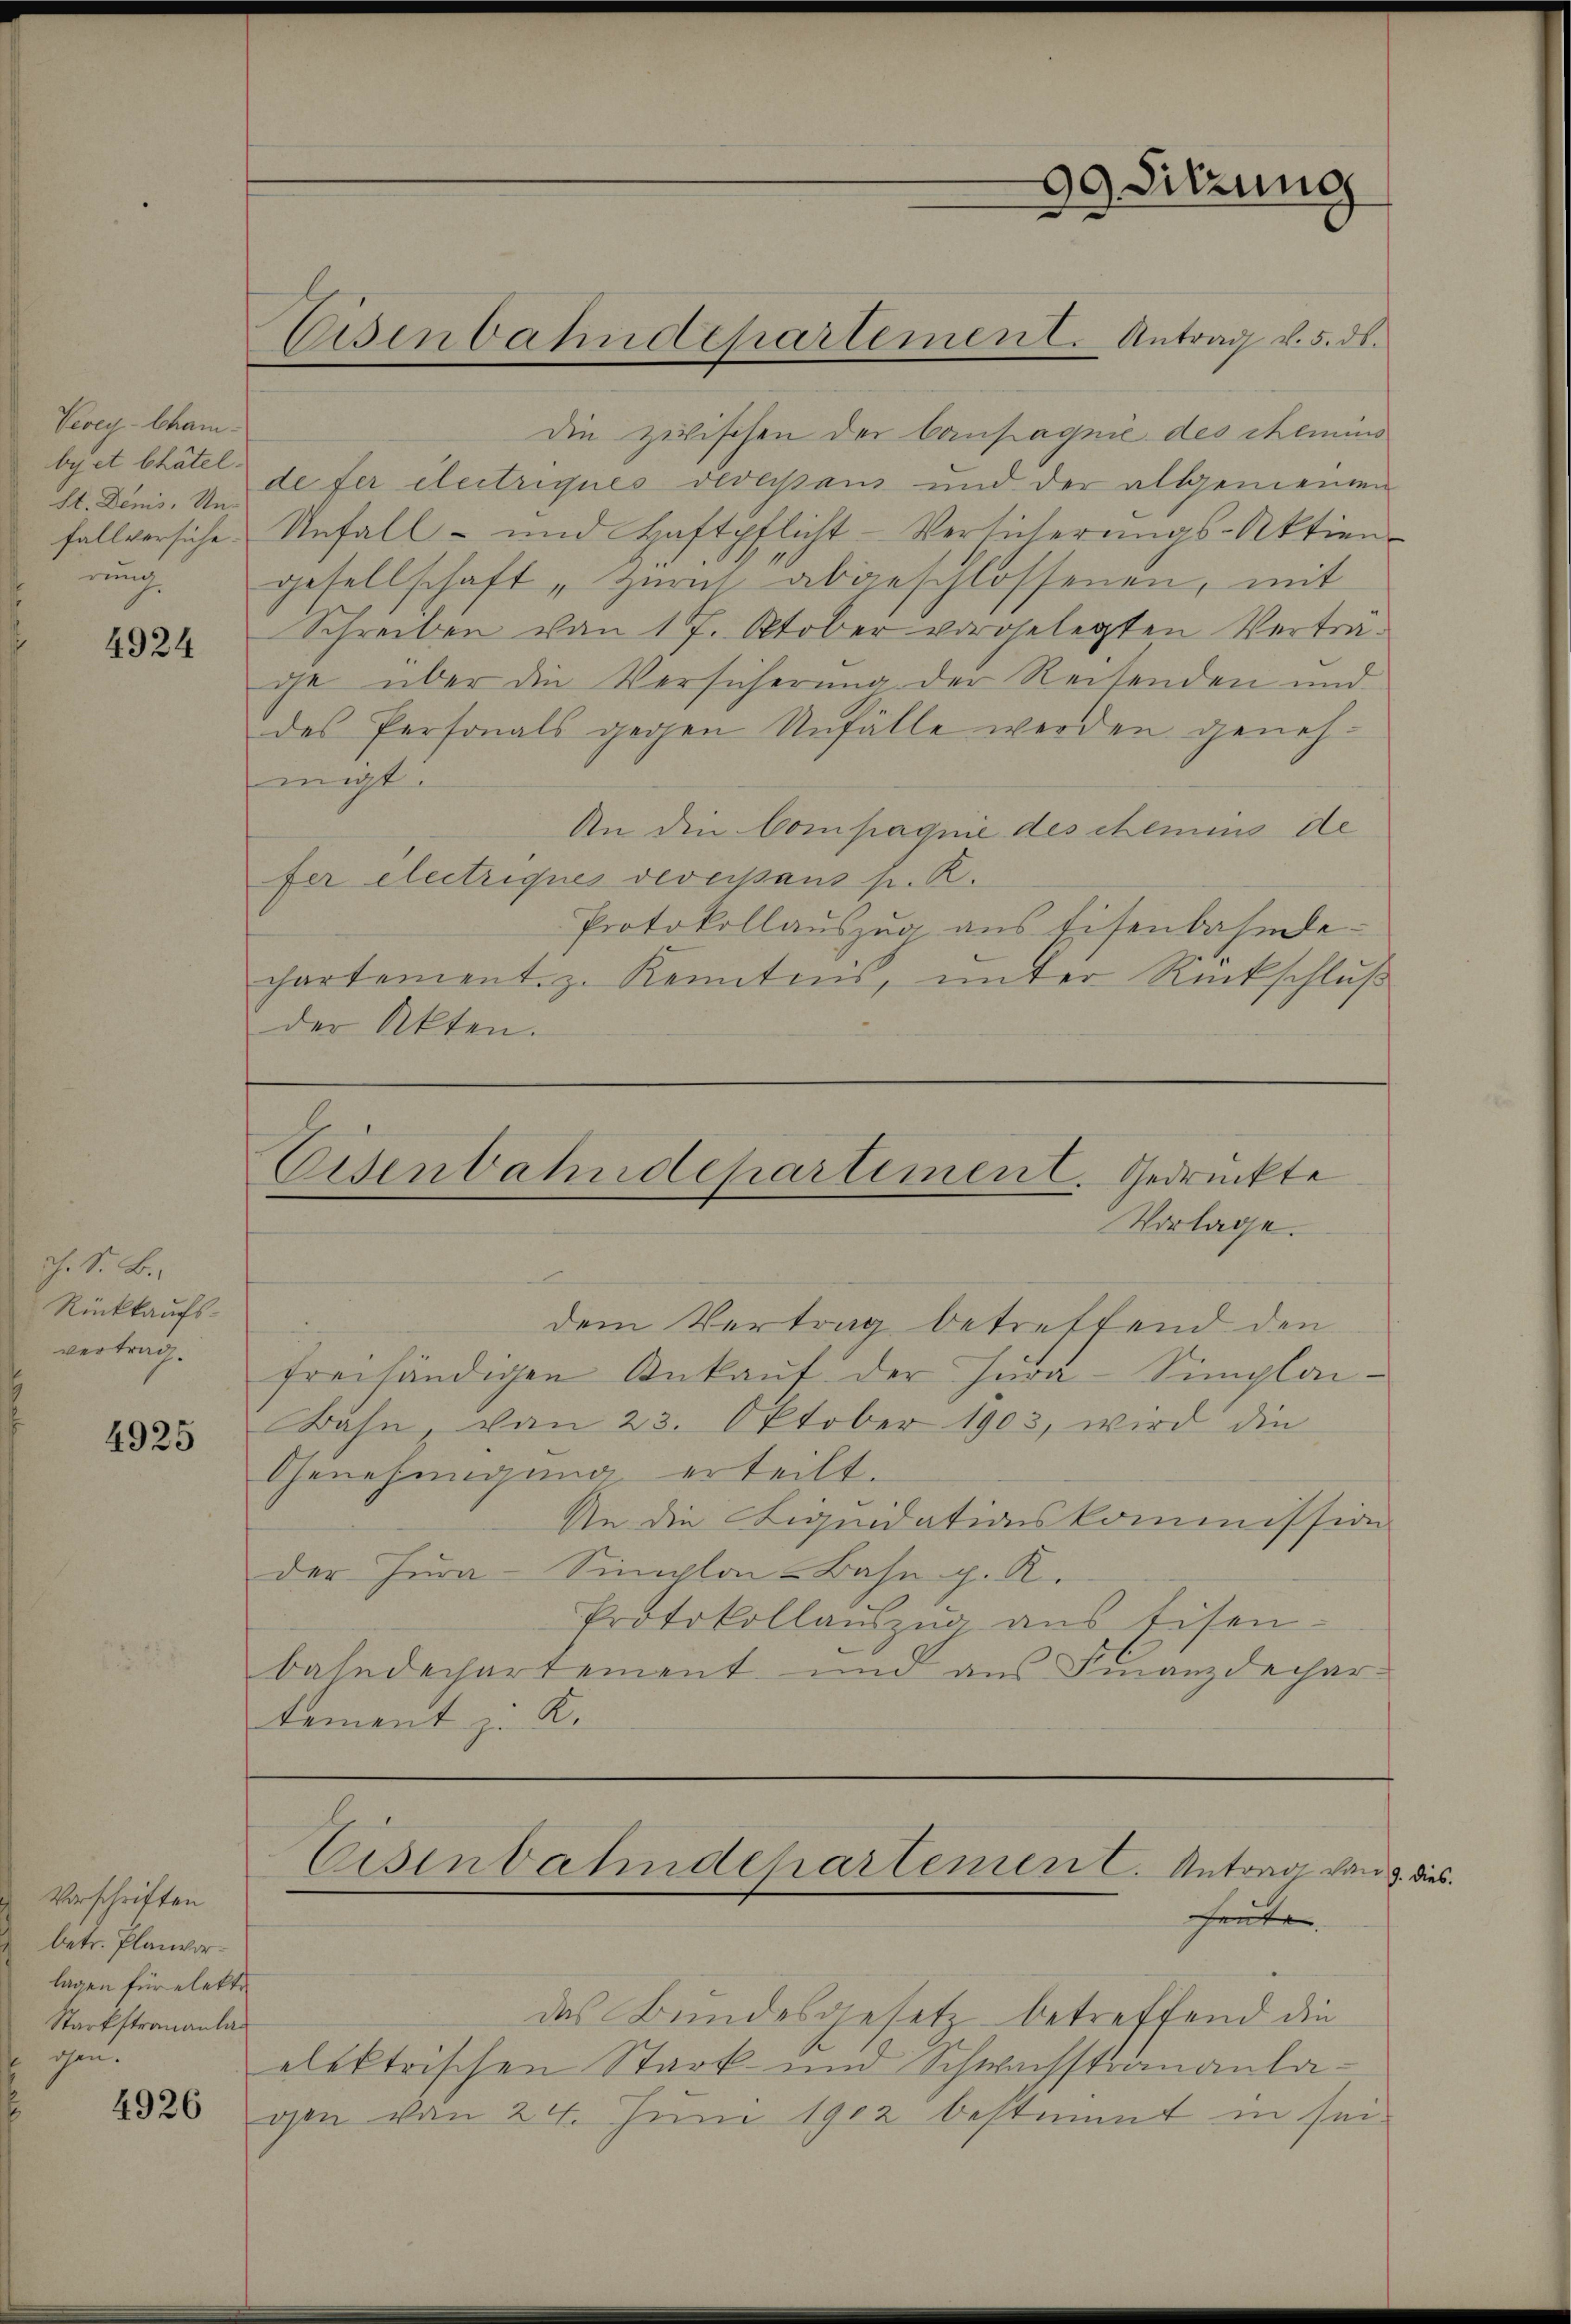
Vevey-Cham.
byet bhätel.
St. Denis, Unfallversiche
nung

4924

ch. S. B.
Rückkaufs-
vertrag.

4925

Vorschriften
betr. Planvorlagen für elektr
Starkstrananlagen.

4926

Die zwischen der Campagnie des chemins
de fer electriques deversans und der allgemeinen
Unfall- und Haftpflicht-Versicherŭngs-Aktien
gesellschaft, Zürich abgeschlossenen, mit
Schreiben von 17. Oktober vorgelegten Verträie über die Versicherung der Reisenden und
des Personals gegen Unfälle werden genehmigt.
An die Compagnie des chemins de
fer electriques deversans p. R.
Protokollauszug aus Eisenbahnde-
chartement. z. Kenntnis, unter Rückschluß
der Akten.

dem Vertrag betreffend den
freihändigen Ankaŭf der Jura-Simploi-
Bahn, von 23. Oktober 1903, wird die
Genehmigung erteilt.
An die Liquidationskommission
der Jura-Simplon-Bahn g. R.
Protokollaŭszŭg ans Eisen-
bahndechartement und aus Finanzdechar-
tement z. K.

Eisenbahndepartement. Antrag d. 5. ds.

Go Sitzung

Eisenbahndepartement. Gedrückte
Vorlage.

das Bundesgesetz betreffend die
elektrischen Stark und Schwachstrananlavon von 24. Juni 1902 bestimmt in sei

Eisenbahndepartemen C. Antrag von 3. dies
heute